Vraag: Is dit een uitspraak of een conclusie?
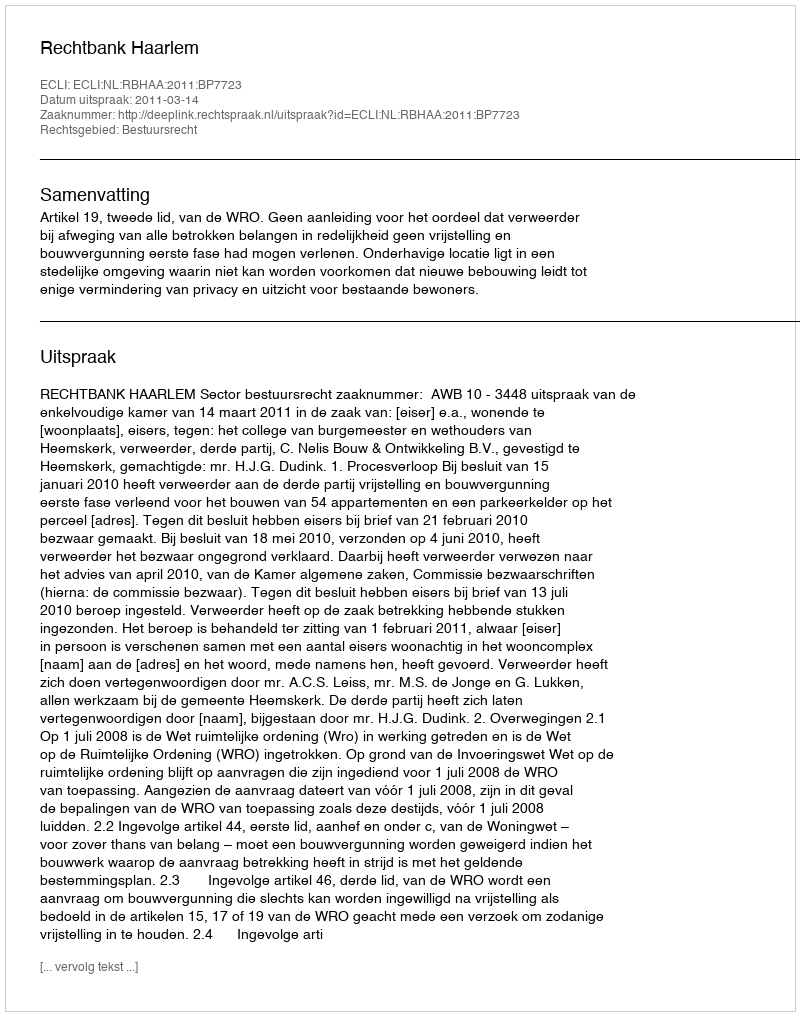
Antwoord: Uitspraak